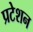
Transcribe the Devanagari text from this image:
प्रटेशन